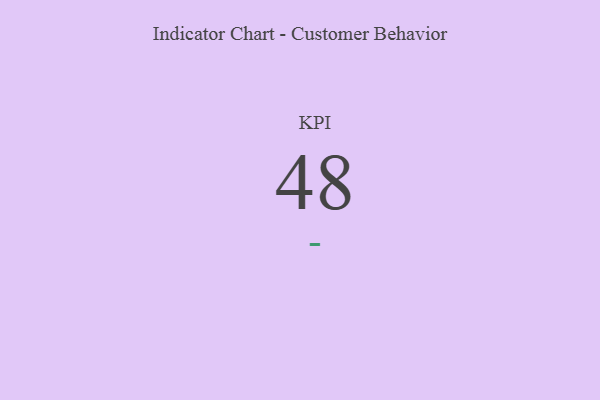
{"axis": {"x": "KPI", "y": "Value"}, "legend": [""], "data": [{"x": "KPI", "y": 48, "type": ""}]}